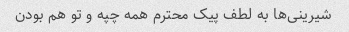
شیرینی‌ها به لطف پیک محترم همه چپه و تو هم بودن